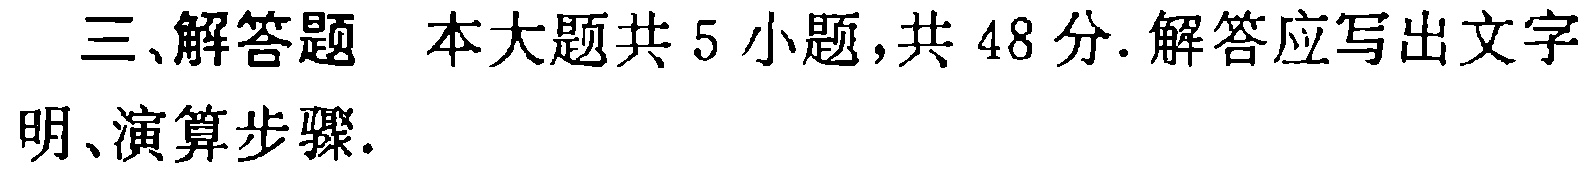
三、解答题 本大题共5小题，共48分. 解答应写出文字明、演算步骤.